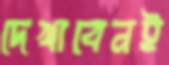
দেখাবেনই